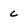
Character: c